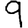
Digit: 9